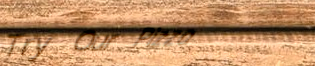
Try Our Pizza